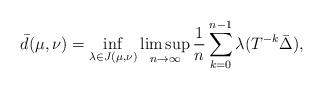
LaTeX: \begin{align*}\bar{d}(\mu,\nu)=\inf_{\lambda\in J(\mu,\nu)}\limsup_{n\to\infty}\frac{1}{n}\sum_{k=0}^{n-1} \lambda(T^{-k}\bar{\Delta}),\end{align*}